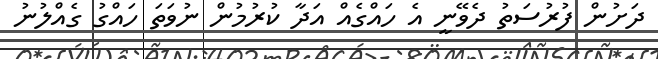
ދަށުން ފުރުސަތު ދެވޭނީ އެ ހައްގެއް އަދާ ކުރުމުން ނުވަތަ ހައްގު ގެއްލުނު